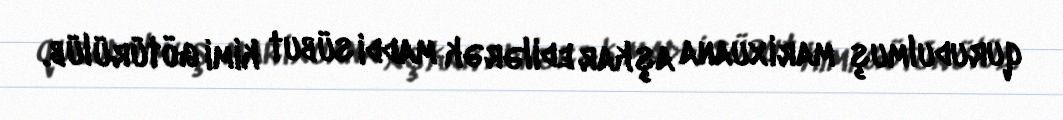
qurudulmuş marixuana aşkar edilərək maddi sübut kimi götürülüb.